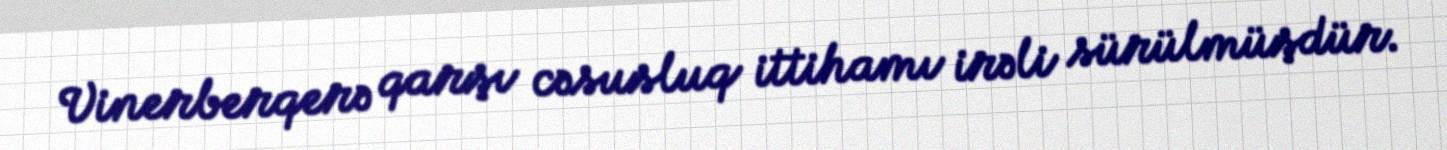
Vinerberqerə qarşı cəsusluq ittihamı irəli sürülmüşdür.